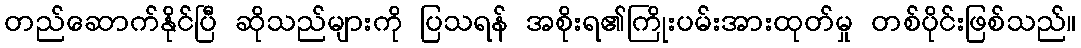
တည်ဆောက်နိုင်ပြီ ဆိုသည်များကို ပြသရန် အစိုးရ၏ကြိုးပမ်းအားထုတ်မှု တစ်ပိုင်းဖြစ်သည်။